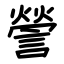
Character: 謍